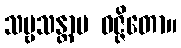
သဗ္ဗသန္တာပ ဝဇ္ဇိတော။